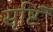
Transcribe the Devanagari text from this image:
सृष्टिं